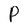
Character: P